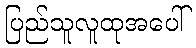
ပြည်သူလူထုအပေါ်